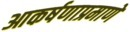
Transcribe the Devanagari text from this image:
आकर्षणाप्रमाणे